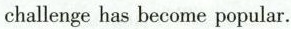
challenge has become popular.